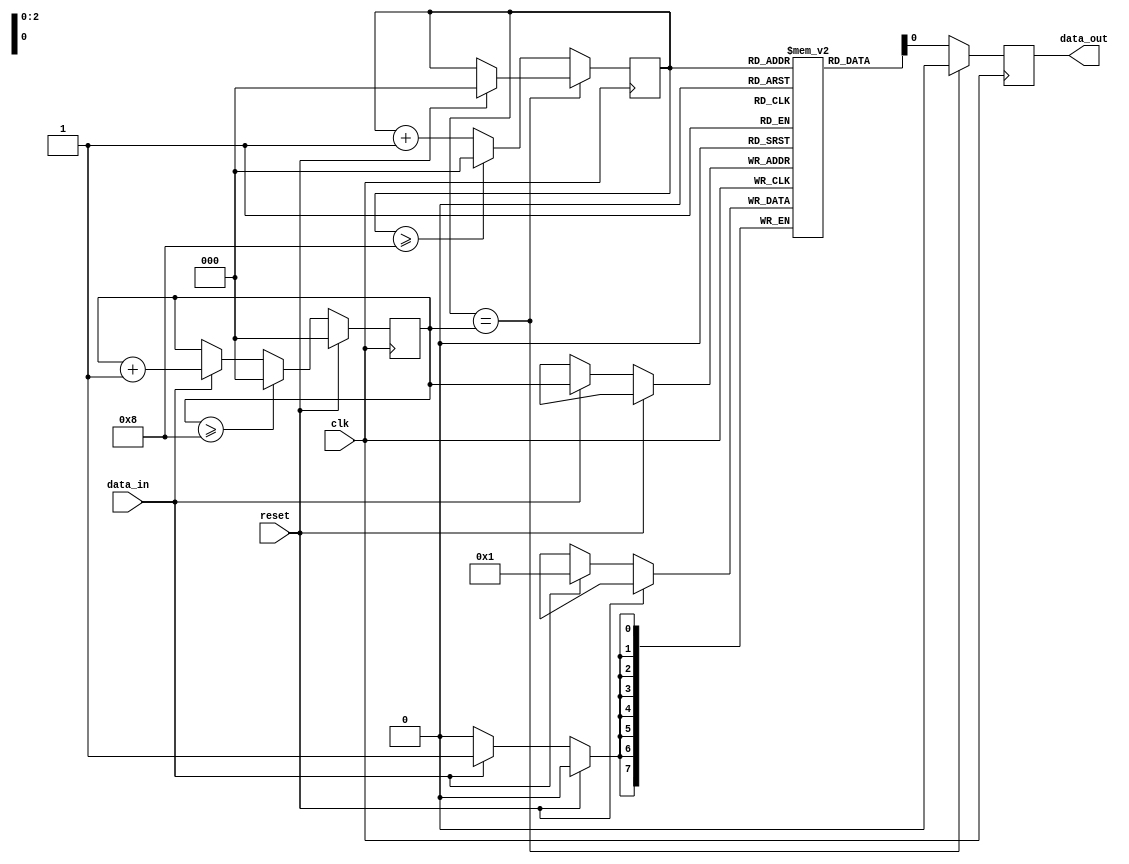
module lifo_module (
    input wire clk,             // Clock signal
    input wire reset,           // Reset signal
    input wire data_in,         // Input data port
    output reg data_out         // Output data port
);

reg [7:0] memory [0:7];        // Memory block to store data entries
reg [2:0] head = 0;            // Pointer to the head of the LIFO
reg [2:0] tail = 0;            // Pointer to the tail of the LIFO

always @(posedge clk) begin
    if (reset) begin
        head <= 0;
        tail <= 0;
    end else begin
        if (data_in) begin
            memory[tail] <= data_in;
            tail <= tail + 1;
        end
        if (tail >= 8) begin
            tail <= 0;
        end
    end
    
    if (head == tail) begin
        data_out <= 0;
    end else begin
        data_out <= memory[head];
        head <= head + 1;
        if (head >= 8) begin
            head <= 0;
        end
    end
end

endmodule